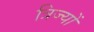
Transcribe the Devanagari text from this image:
त्रिज्यों